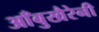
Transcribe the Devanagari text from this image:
आँबुखैरेनी